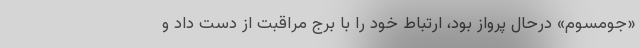
«جومسوم» درحال پرواز بود، ارتباط خود را با برج مراقبت از دست داد و